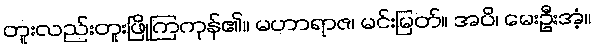
တူးလည်းတူးဖြိုကြကုန်၏။ မဟာရာဇ၊ မင်းမြတ်။ အပိ၊ မေးဦးအံ့။